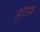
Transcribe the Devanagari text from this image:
होउव